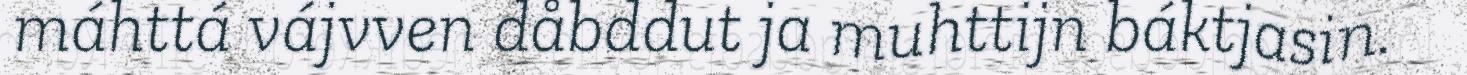
máhttá vájvven dåbddut ja muhttijn báktjasin.